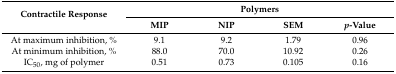
| <ROWSPAN=2> Contractile Response | <COLSPAN=4> Polymers |
 | MIP | NIP | SEM | p-Value |
 | --- | --- | --- | --- | --- |
 | At maximum inhibition, % | 9.1 | 9.2 | 1.79 | 0.96 |
 | At minimum inhibition, % | 88.0 | 70.0 | 10.92 | 0.26 |
 | IC50, mg of polymer | 0.51 | 0.73 | 0.105 | 0.16 |